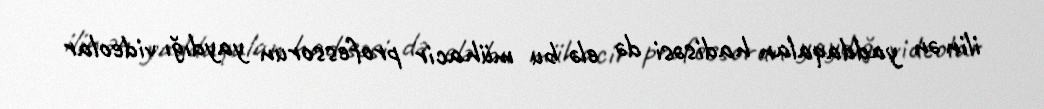
ilin ən yaddaqalan hadisəsi də elə bu mühacir professorun yaydığı videolar